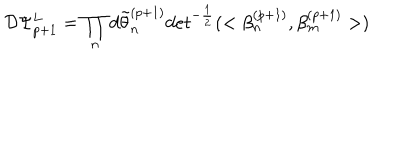
{ \cal D } \Psi _ { p + 1 } ^ { L } = \prod _ { n } d \tilde { \theta } _ { n } ^ { ( p + 1 ) } d e t ^ { - { \frac { 1 } { 2 } } } ( < \beta _ { n } ^ { ( p + 1 ) } , \beta _ { m } ^ { ( p + 1 ) } > )